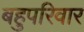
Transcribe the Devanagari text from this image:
बहुपरिवार